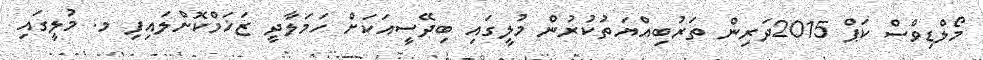
މޯލްޑިވްސް ކަޕް 2015ދަރިން ތަރުބިއްޔަތުކުރުން މުލީގައި ބިދޭސީއަކަށް ހަމަލާދީ ޒަޚަމްކޮށްލައިފި މ. މުލީގައި